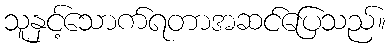
သူနှင့်သောက်ရတာအဆင်ပြေသည်။